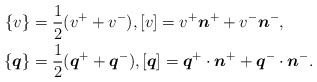
\begin{align*}\{v\} &= \frac{1}{2}(v^+ + v^-), [v] = v^+\boldsymbol{n}^+ + v^-\boldsymbol{n}^-,\\\{\boldsymbol{q}\} &= \frac{1}{2}(\boldsymbol{q}^+ + \boldsymbol{q}^-), [\boldsymbol{q}] = \boldsymbol{q}^+\cdot \boldsymbol{n}^+ + \boldsymbol{q}^-\cdot \boldsymbol{n}^-.\end{align*}